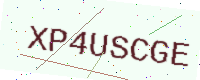
Text: XP4USCGE